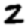
Digit: 2